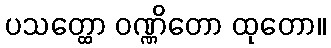
ပသတ္ထော ဝဏ္ဏိတော ထုတော။